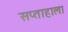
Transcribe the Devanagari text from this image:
सप्ताहाला